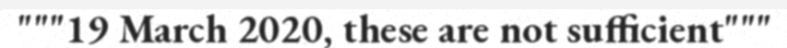
"""19 March 2020, these are not sufficient"""